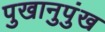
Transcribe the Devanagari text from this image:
पुखानुपुंख